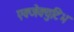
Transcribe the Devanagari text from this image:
एक्जेक्युटिभ